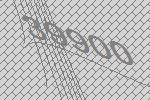
39900